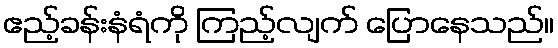
ဧည့်ခန်းနံရံကို ကြည့်လျက် ပြောနေသည်။